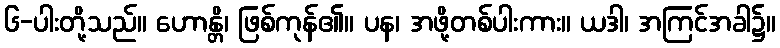
၆-ပါးတို့သည်။ ဟောန္တိ၊ ဖြစ်ကုန်၏။ ပန၊ အဖို့တစ်ပါးကား။ ယဒါ၊ အကြင်အခါ၌။